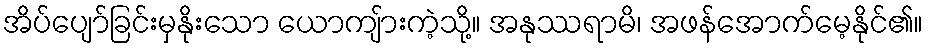
အိပ်ပျော်ခြင်းမှနိုးသော ယောကျ်ားကဲ့သို့။ အနုဿရာမိ၊ အဖန်အောက်မေ့နိုင်၏။